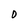
Character: O